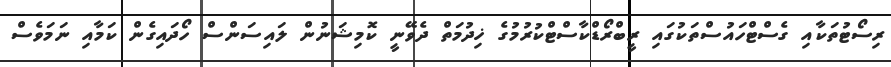
ރިސޯޓުތަކާއި ގެސްޓްހައުސްތަކުގައި ރީބްރޯޑްކާސްޓްކުރުމުގެ ޚިދުމަތް ދެވޭނީ ކޮމިޝަނުން ލައިސަންސް ހޯދައިގެން ކަމާއި ނަމަވެސް